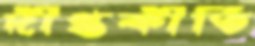
দীপ্তকীর্তি